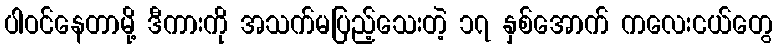
ပါဝင်နေတာမို့ ဒီကားကို အသက်မပြည့်သေးတဲ့ ၁၇ နှစ်အောက် ကလေးငယ်တွေ